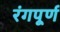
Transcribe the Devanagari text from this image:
रंगपूर्ण